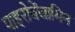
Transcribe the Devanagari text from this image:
पाइरोबेंजामिन